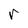
Character: r